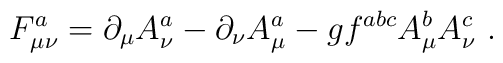
F_{\mu \nu}^a = \partial_{\mu} A^a_{\nu} - \partial_{\nu} A^a_{\mu}- g f^{abc} A_{\mu}^b A_{\nu}^c \ .